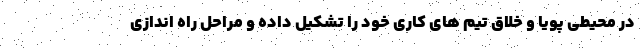
در محیطی پویا و خلاق تیم های کاری خود را تشکیل داده و مراحل راه اندازی